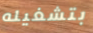
بتشغيله